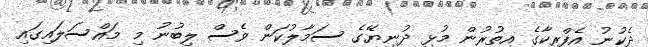
ދެކުނު އެފްރިކާގެ އިތުރުން މުޅި ދުނިޔޭގެ ސަމާލުކަން ވެސް ލިބުނު މި މައްސަލައިގައި